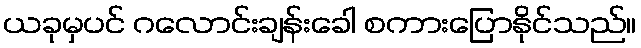
ယခုမှပင် ဂလောင်းချန်းခေါ စကားပြောနိုင်သည်။